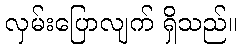
လှမ်းပြောလျက် ရှိသည်။